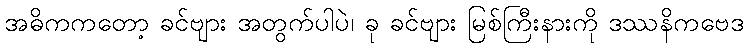
အဓိကကတော့ ခင်ဗျား အတွက်ပါပဲ၊ ခု ခင်ဗျား မြစ်ကြီးနားကို ဒဿနိကဗေဒ